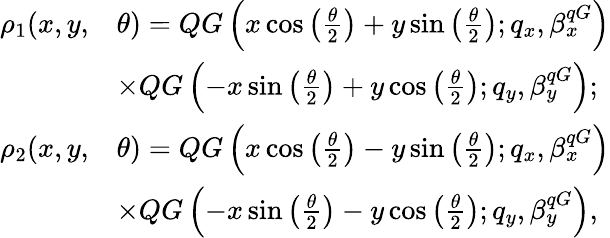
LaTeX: \begin{array}{rl}{\rho_{1}(x,y,}&{\theta)=QG\left(x\cos\left(\frac{\theta}{2}\right)+y\sin\left(\frac{\theta}{2}\right);q_{x},\beta_{x}^{qG}\right)}\\ &{\times QG\left(-x\sin\left(\frac{\theta}{2}\right)+y\cos\left(\frac{\theta}{2}\right);q_{y},\beta_{y}^{qG}\right);}\\ {\rho_{2}(x,y,}&{\theta)=QG\left(x\cos\left(\frac{\theta}{2}\right)-y\sin\left(\frac{\theta}{2}\right);q_{x},\beta_{x}^{qG}\right)}\\ &{\times QG\left(-x\sin\left(\frac{\theta}{2}\right)-y\cos\left(\frac{\theta}{2}\right);q_{y},\beta_{y}^{qG}\right),}\end{array}